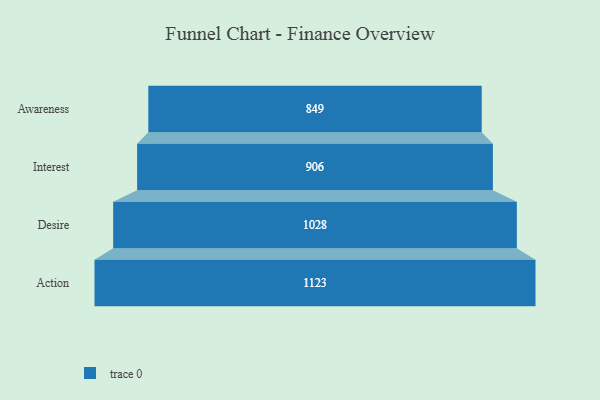
{"axis": {"x": "Stage", "y": "Value"}, "legend": [""], "data": [{"x": "Awareness", "y": 849.0, "type": ""}, {"x": "Interest", "y": 906.0, "type": ""}, {"x": "Desire", "y": 1028.0, "type": ""}, {"x": "Action", "y": 1123.0, "type": ""}]}